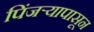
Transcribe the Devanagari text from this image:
पिंजर्‍यापासून